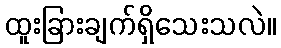
ထူးခြားချက်ရှိသေးသလဲ။